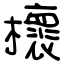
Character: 櫰